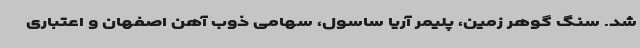
شد. سنگ گوهر زمین، پلیمر آریا ساسول، سهامی ذوب آهن اصفهان و اعتباری